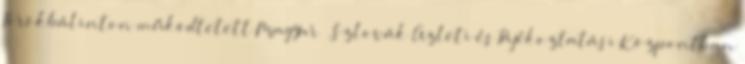
Törökbálinton működtetett Magyar – Szlovák Üzleti és Tájékoztatási Központban